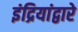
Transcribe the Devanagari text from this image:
इंद्रियांद्वारे